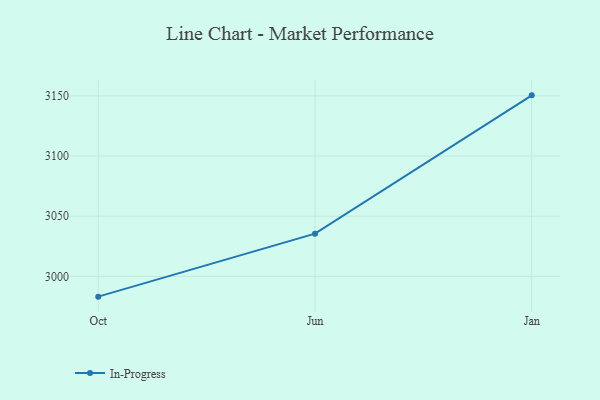
{"axis": {"x": "Month", "y": "Inventory Turnover"}, "legend": ["In-Progress"], "data": [{"x": "Oct", "y": 2983.2, "type": "In-Progress"}, {"x": "Jun", "y": 3035.5, "type": "In-Progress"}, {"x": "Jan", "y": 3150.4, "type": "In-Progress"}]}